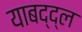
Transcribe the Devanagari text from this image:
याबद्द्ल